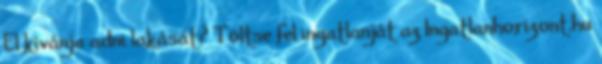
El kívánja adni lakását? Töltse fel ingatlanját az Ingatlanhorizont.hu